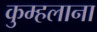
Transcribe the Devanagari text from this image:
कुम्हलाना